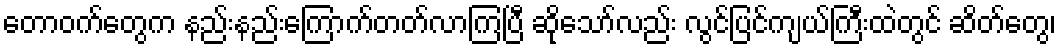
တောဝက်တွေက နည်းနည်းကြောက်တတ်လာကြပြီ ဆိုသော်လည်း လွင်ပြင်ကျယ်ကြီးထဲတွင် ဆိတ်တွေ၊